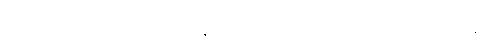
စိတ်ကိုရုပ်သိမ်းထား တတ်၏။ ဝါ၊ ချုံ့ထားတတ်၏။ ဣတိ၊ ကြောင့်။ ဝိသတ္တိကာ၊ မည်၏။